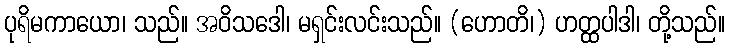
ပုရိမကာယော၊ သည်။ အဝိသဒေါ၊ မရှင်းလင်းသည်။ (ဟောတိ၊) ဟတ္ထပါဒါ၊ တို့သည်။